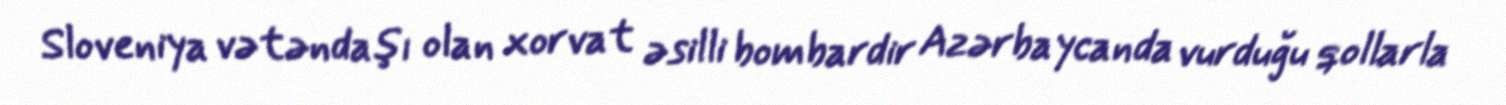
Sloveniya vətəndaşı olan xorvat əsilli bombardir Azərbaycanda vurduğu qollarla